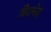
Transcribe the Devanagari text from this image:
विज्नेय